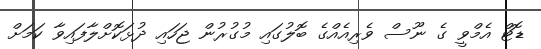
ޑޮޓް އެމްވީ ގެ ނޫސް ވެރިއެއްގެ ބޮލުގައި މުގުރުން ޖަހައި ދުޅަކޮށްލާފައިވާ ކަމަށް